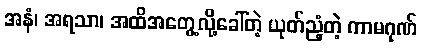
အနံ၊ အရသာ၊ အထိအတွေ့လို့ခေါ်တဲ့ ယုတ်ညံ့တဲ့ ကာမဂုဏ်